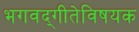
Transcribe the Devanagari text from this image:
भगवद्‌गीतेविषयक